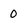
Character: 0